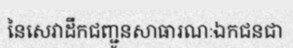
នៃសេវាដឹកជញ្ជូនសាធារណៈឯកជនជា